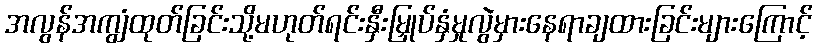
အလွန်အကျွံထုတ်ခြင်းသို့မဟုတ်ရင်းနှီးမြှုပ်နှံမှုလွဲမှားနေရာချထားခြင်းများကြောင့်